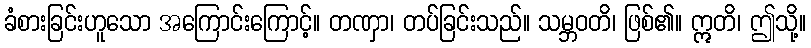
ခံစားခြင်းဟူသော အကြောင်းကြောင့်။ တဏှာ၊ တပ်ခြင်းသည်။ သမ္ဘဝတိ၊ ဖြစ်၏။ ဣတိ၊ ဤသို့။